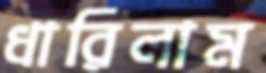
ধারিলাম